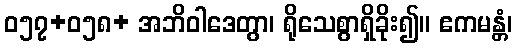
ဝ၅၇+၀၅၈+ အဘိဝါဒေတွာ၊ ရိုသေစွာရှိခိုး၍။ ဧကမန္တံ၊